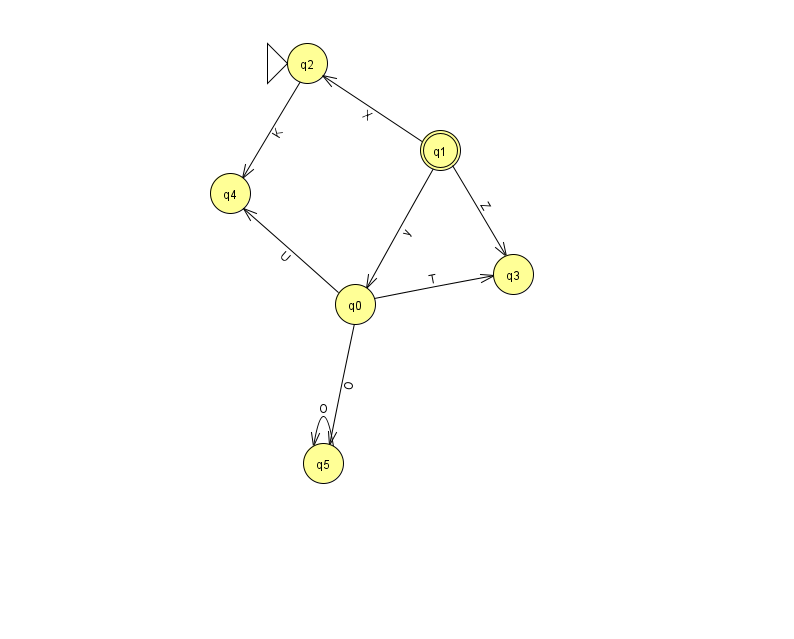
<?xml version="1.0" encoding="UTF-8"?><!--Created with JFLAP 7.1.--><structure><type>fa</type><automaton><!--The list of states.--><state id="0" name="q0"><x>355.0</x><y>291.0</y></state><state id="1" name="q1"><x>440.0</x><y>137.0</y><final/></state><state id="2" name="q2"><x>307.0</x><y>50.0</y><initial/></state><state id="3" name="q3"><x>513.0</x><y>261.0</y></state><state id="4" name="q4"><x>230.0</x><y>180.0</y></state><state id="5" name="q5"><x>323.0</x><y>450.0</y></state><!--The list of transitions.--><transition><from>2</from><to>4</to><read>K</read></transition><transition><from>1</from><to>3</to><read>Z</read></transition><transition><from>1</from><to>2</to><read>X</read></transition><transition><from>0</from><to>4</to><read>U</read></transition><transition><from>0</from><to>3</to><read>T</read></transition><transition><from>0</from><to>5</to><read>O</read></transition><transition><from>1</from><to>0</to><read>y</read></transition><transition><from>5</from><to>5</to><read>O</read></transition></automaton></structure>